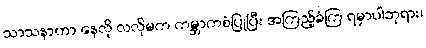
သာသနာဟာ နေလို လလိုမက ကမ္ဘာကစံပြုပြီး အကြည့်ခံကြ ရမှာပါဘုရား၊